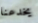
يخدعنا